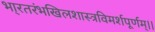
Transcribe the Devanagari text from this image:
भा्रतरंभखिलशास्त्रविमर्शपूर्णम्।।